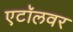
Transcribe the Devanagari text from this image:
एटॉलवर